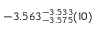
- 3 . 5 6 3 _ { - 3 . 5 7 5 } ^ { - 3 . 5 3 3 } ( 1 0 )